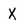
Character: X